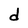
Character: d